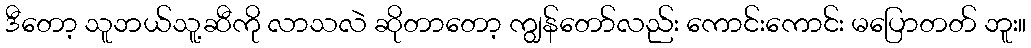
ဒီတော့ သူဘယ်သူ့ဆီကို လာသလဲ ဆိုတာတော့ ကျွန်တော်လည်း ကောင်းကောင်း မပြောတတ် ဘူး။